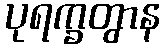
ပုရက္ခတွာန